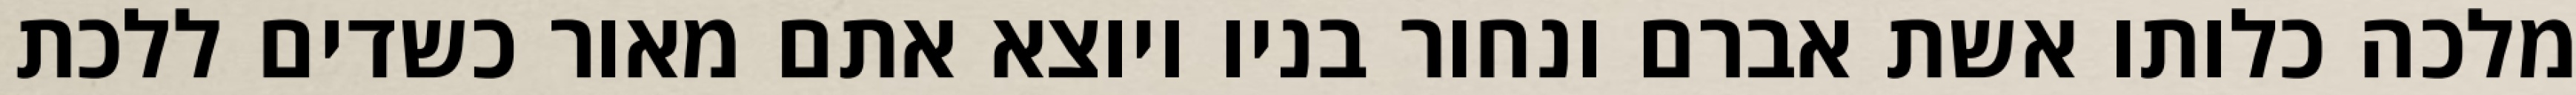
מלכה כלותו אשת אברם ונחור בניו ויוצא אתם מאור כשדים ללכת